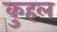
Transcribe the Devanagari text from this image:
कुहल